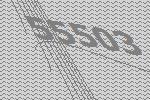
55503